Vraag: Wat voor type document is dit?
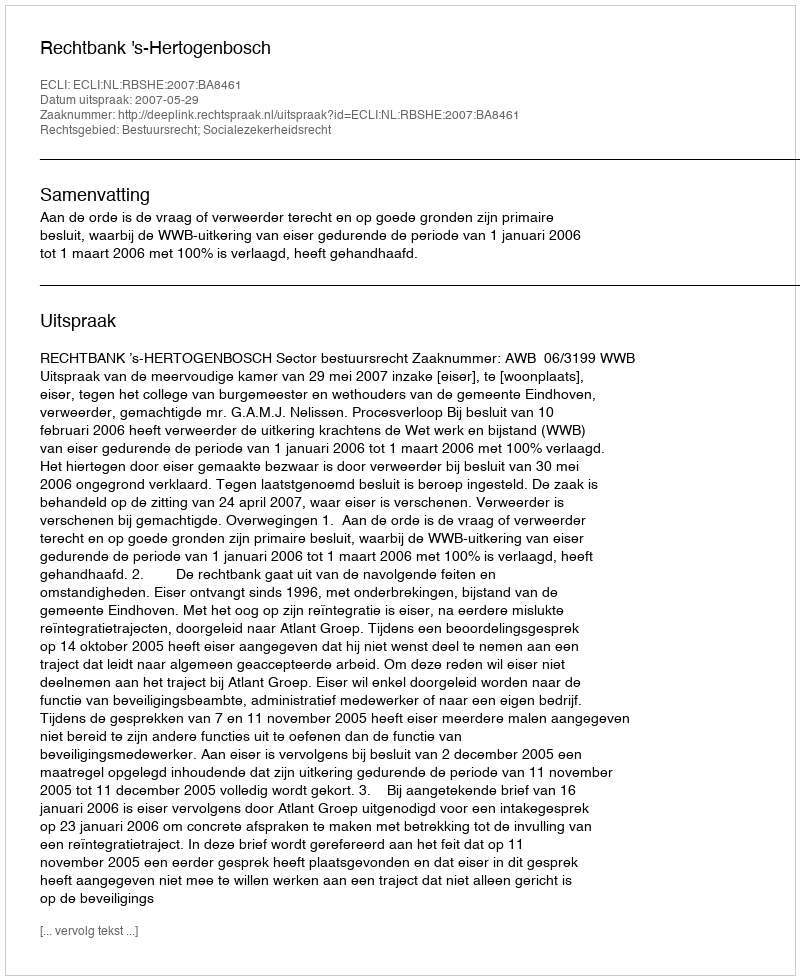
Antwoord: Uitspraak